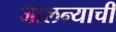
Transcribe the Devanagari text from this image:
जालन्याची